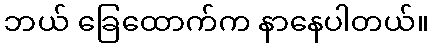
ဘယ် ခြေထောက်က နာနေပါတယ်။